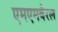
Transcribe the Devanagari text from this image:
एमएमबैरल